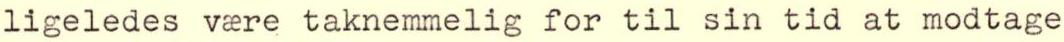
ligeledes v re taknemmelig for til sin tid at modtage